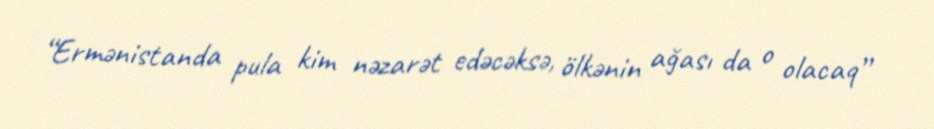
“Ermənistanda pula kim nəzarət edəcəksə, ölkənin ağası da o olacaq”